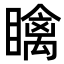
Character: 𥋼